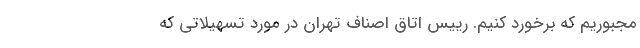
مجبوریم که برخورد کنیم. رییس اتاق اصناف تهران در مورد تسهیلاتی که